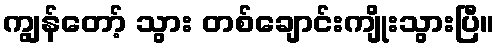
ကျွန်တော့် သွား တစ်ချောင်းကျိုးသွားပြီ။